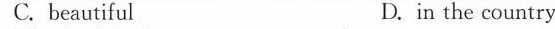
C. beautiful D. in the country